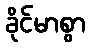
ခိုင်မာစွာ